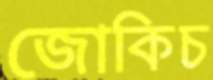
জোকিচ